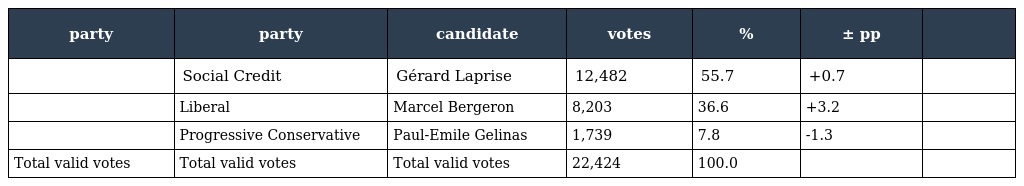
| party | party | candidate | votes | % | ± pp |  |
 | --- | --- | --- | --- | --- | --- | --- |
 |  | Social Credit | Gérard Laprise | 12,482 | 55.7 | +0.7 |  |
 |  | Liberal | Marcel Bergeron | 8,203 | 36.6 | +3.2 |  |
 |  | Progressive Conservative | Paul-Emile Gelinas | 1,739 | 7.8 | -1.3 |  |
 | Total valid votes | Total valid votes | Total valid votes | 22,424 | 100.0 |  |  |